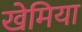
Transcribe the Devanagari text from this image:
खेमिया